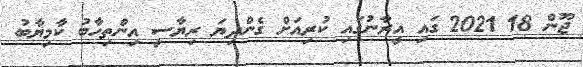
ޖޫން 18 2021 ގައި އީރާނުގައި ކުރިއަށް ގެންދިޔަ ރިޔާސީ އިންތިހާބު ކާމިޔާބު